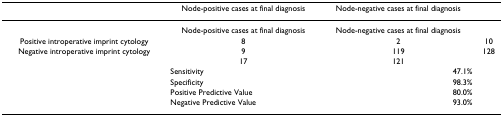
<table><thead><tr><td></td><td><b>Node-positive cases at final diagnosis</b></td><td><b>Node-negative cases at final diagnosis</b></td><td></td></tr></thead><tbody><tr><td></td><td>Node-positive cases at final diagnosis</td><td>Node-negative cases at final diagnosis</td><td></td></tr><tr><td>Positive introperative imprint cytology</td><td>8</td><td>2</td><td>10</td></tr><tr><td>Negative introperative imprint cytology</td><td>9</td><td>119</td><td>128</td></tr><tr><td></td><td>17</td><td>121</td><td></td></tr><tr><td></td><td>Sensitivity</td><td>47.1%</td><td></td></tr><tr><td></td><td>Specificity</td><td>98.3%</td><td></td></tr><tr><td></td><td>Positive Predictive Value</td><td>80.0%</td><td></td></tr><tr><td></td><td>Negative Predictive Value</td><td>93.0%</td><td></td></tr></tbody></table>